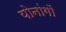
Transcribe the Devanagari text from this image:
योनांगों